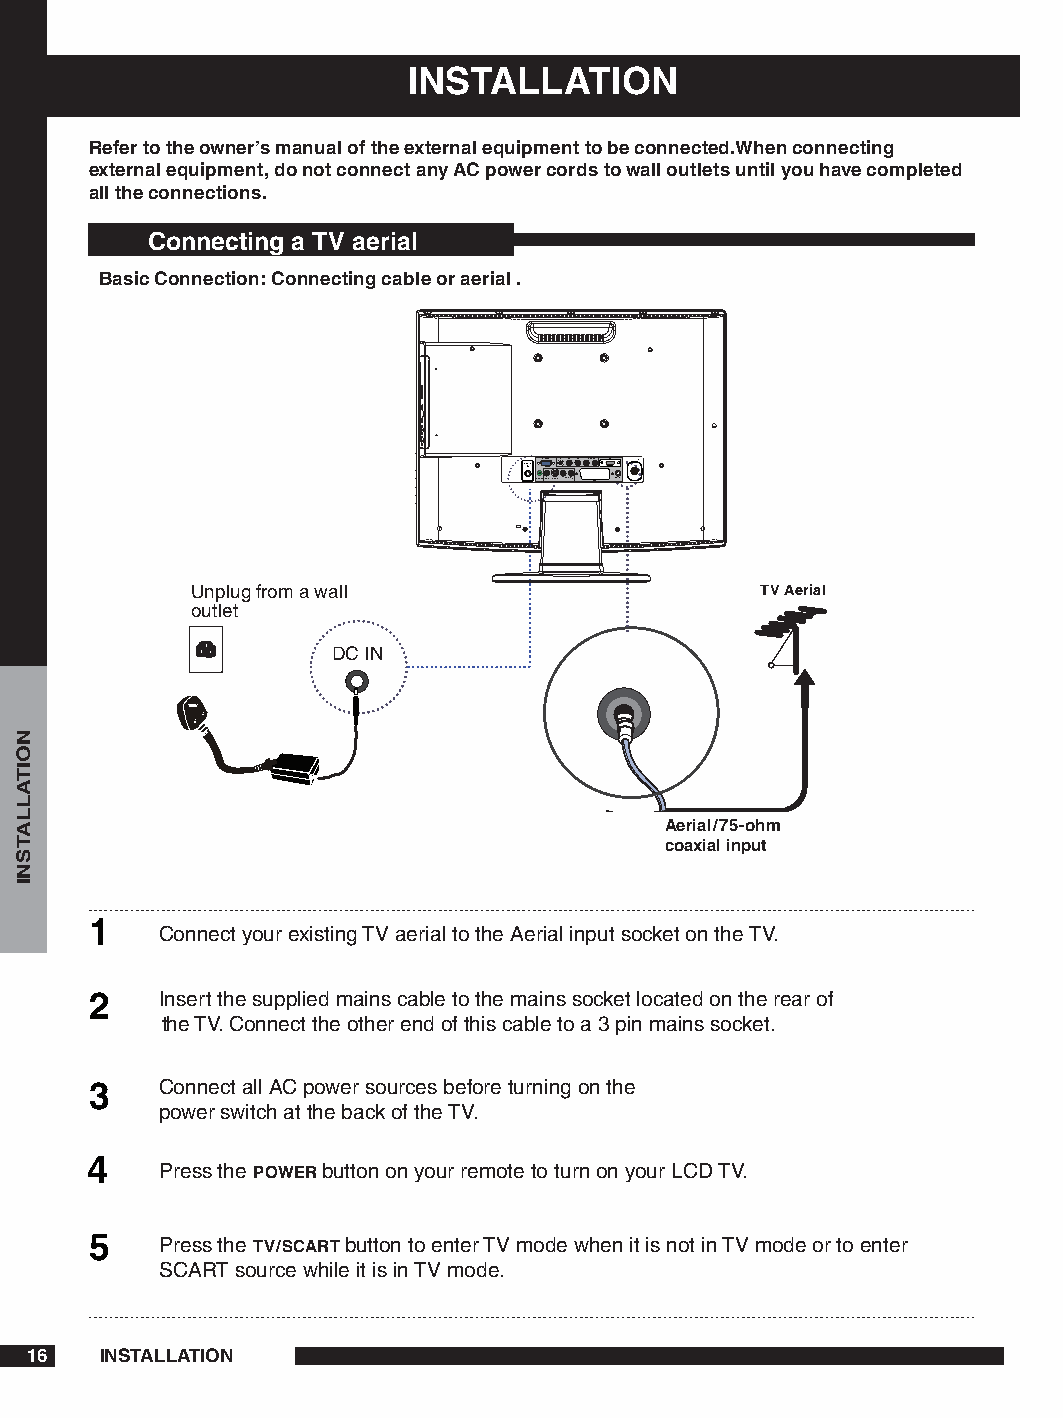
INSTALLATION
 Refer to the owner’s manual of the external equipment to be connected.When connecting
 external equipment, do not connect any AC power cords to wall outlets until you have completed
 all the connections.
 Connecting a TV aerial
 Basic Connection: Connecting cable or aerial .
 DC 12V IN PC/VGA IN Y Pb Pr LAUDIO INR HDMI VHF/UHF IN
 PC AUDIO INVIDEOS-VIDEOLAUDIO INR SCART DIGITAL OUT
 Unplug from a wall                   TV Aerial
 outlet
 DC IN
 Aerial/7-ohm
 coaxial input
 
 Connect your existing TV aerial to the Aerial input socket on the TV.
     Insert the supplied mains cable to the mains socket located on the rear of
 the TV. Connect the other end of this cable to a 3 pin mains socket.
     Connect all AC power sources before turning on the
 power switch at the back of the TV.
 
 Press the POWER button on your remote to turn on your LCD TV.
     Press the TV/SCART button to enter TV mode when it is not in TV mode or to enter
 SCART source while it is in TV mode.
 6   INSTALLATION
 NOITALLATSNI